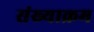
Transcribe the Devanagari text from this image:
संख्याक्रम